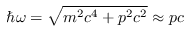
\hbar \omega = \sqrt { m ^ { 2 } c ^ { 4 } + p ^ { 2 } c ^ { 2 } } \approx p c